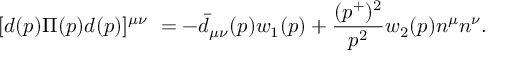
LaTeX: [ d ( p ) \Pi ( p ) d ( p ) ] ^ { \mu \nu } ~ = - { \bar { d } } _ { \mu \nu } ( p ) w _ { 1 } ( p ) + { \frac { ( p ^ { + } ) ^ { 2 } } { p ^ { 2 } } } w _ { 2 } ( p ) n ^ { \mu } n ^ { \nu } .